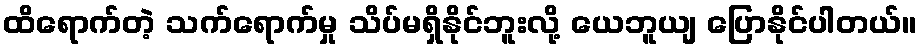
ထိရောက်တဲ့ သက်ရောက်မှု သိပ်မရှိနိုင်ဘူးလို့ ယေဘူယျ ပြောနိုင်ပါတယ်။